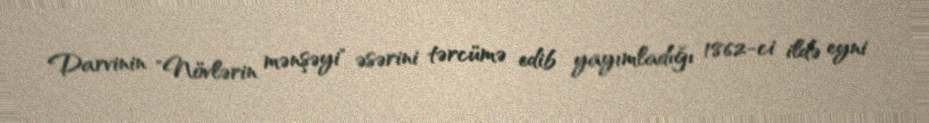
Darvinin "Növlərin mənşəyi" əsərini tərcümə edib yayımladığı 1862-ci ildə eyni